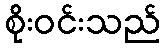
စိုးဝင်းသည်